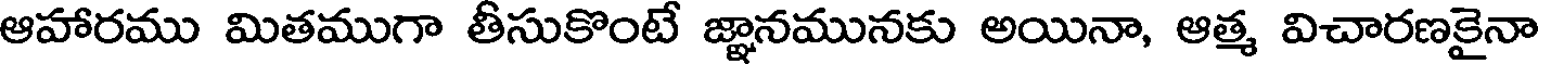
ఆహారము మితముగా తీసుకొంటే జ్ఞానమునకు అయినా, ఆత్మ విచారణకైనా